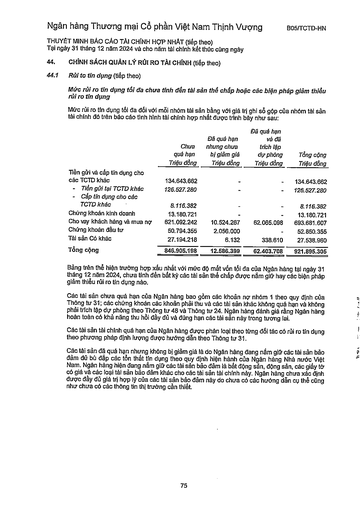
||Chưa quá hạn Triệu đồng|Đã quá hạn nhưng chưa bị giảm giá Triệu đồng|Đã quá hạn và đã trích lập dự phòng Triệu đồng|Tổng cộng Triệu đồng| |---|---|---|---|---| |Tiền gửi và cấp tín dụng cho các TCTD khác|134.643.662|-||134.643.662| |Tiền gửi tại TCTD khác|126.527.280|||126.527.280| |Cấp tín dụng cho các TCTD khác|8.116.382|||8.116.382| |Chứng khoán kinh doanh|13.180.721|||13.180.721| |Cho vay khách hàng và mua nợ|621.092.242|10.524.267|62.065.098|693.681.607| |Chứng khoán đầu tư|50.794.355|2.056.000||52.850.355| |Tài sản Có khác|27.194.218|6.132|338.610|27.538.960| |Tổng cộng|846.905.198|12.586.399|62.403.708|921.895.305|